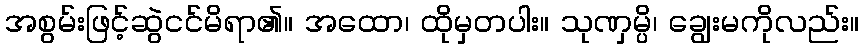
အစွမ်းဖြင့်ဆွဲငင်မိရာ၏။ အထော၊ ထိုမှတပါး။ သုဏှမ္ပိ၊ ချွေးမကိုလည်း။